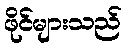
ဖိုင်များသည်